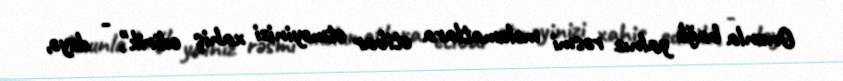
Onunla bağlı yalnız rəsmi məlumatlara etibar etməyinizi xahiş edirik", - deyə,